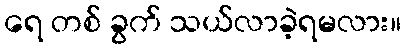
ရေ တစ် ခွက် သယ်လာခဲ့ရမလား။